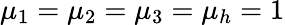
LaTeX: \mu_{1}=\mu_{2}=\mu_{3}=\mu_{h}=1